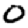
Digit: 0